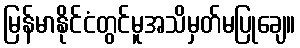
မြန်မာနိုင်ငံတွင်မူအသိမှတ်မပြုချေ။